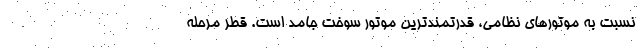
نسبت به موتورهای نظامی، قدرتمندترین موتور سوخت جامد است. قطر مرحله